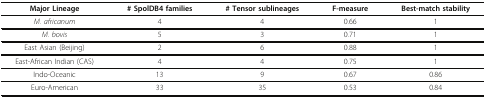
| Major Lineage | # SpolDB4 families | # Tensor sublineages | F-measure | Best-match stability |
 | --- | --- | --- | --- | --- |
 | M. africanum | 4 | 4 | 0.66 | 1 |
 | M. bovis | 5 | 3 | 0.71 | 1 |
 | East Asian (Beijing) | 2 | 6 | 0.88 | 1 |
 | East-African Indian (CAS) | 4 | 4 | 0.75 | 1 |
 | Indo-Oceanic | 13 | 9 | 0.67 | 0.86 |
 | Euro-American | 33 | 35 | 0.53 | 0.84 |